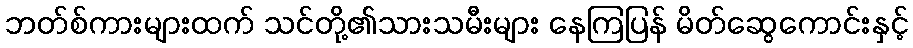
ဘတ်စ်ကားများထက် သင်တို့၏သားသမီးများ နေကြပြန် မိတ်ဆွေကောင်းနှင့်